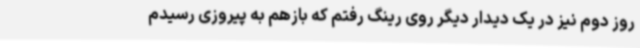
روز دوم نیز در یک دیدار دیگر روی رینگ رفتم که بازهم به پیروزی رسیدم